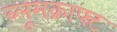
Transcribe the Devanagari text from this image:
ब्लूमक्राफ्ट